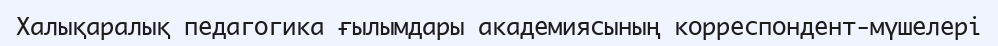
Халықаралық педагогика ғылымдары академиясының корреспондент-мүшелері